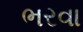
ભરવા